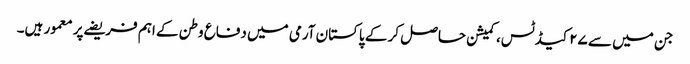
جن میں سے ۲۷ کیڈ ٹس، کمیشن حاصل کر کے پاکستان آرمی میں دفاع وطن کے اہم فریضے پر معمور ہیں۔